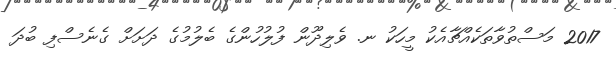
2017 މަސްތުވާތަކެއްޗާއެކު މީހަކު ނ. ވެލިދޫން ފުލުހުންގެ ބެލުމުގެ ދަށަށް ގެނެސްފި ބުދަ